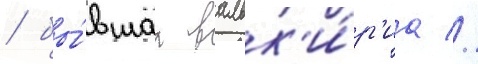
/ бы́вшаа вальк'и́р'иа //